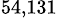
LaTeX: ^\mathrm{54,131}